Bréfritari: Stefanía Siggeirsdóttir
Viðtakandi: Páll Pálsson
Dagsetning: A-1864-02-22
Skrifað á: Breiðabólsstað  Árn. ?
Stefanía var bróðurdóttir Páls Pálssonar

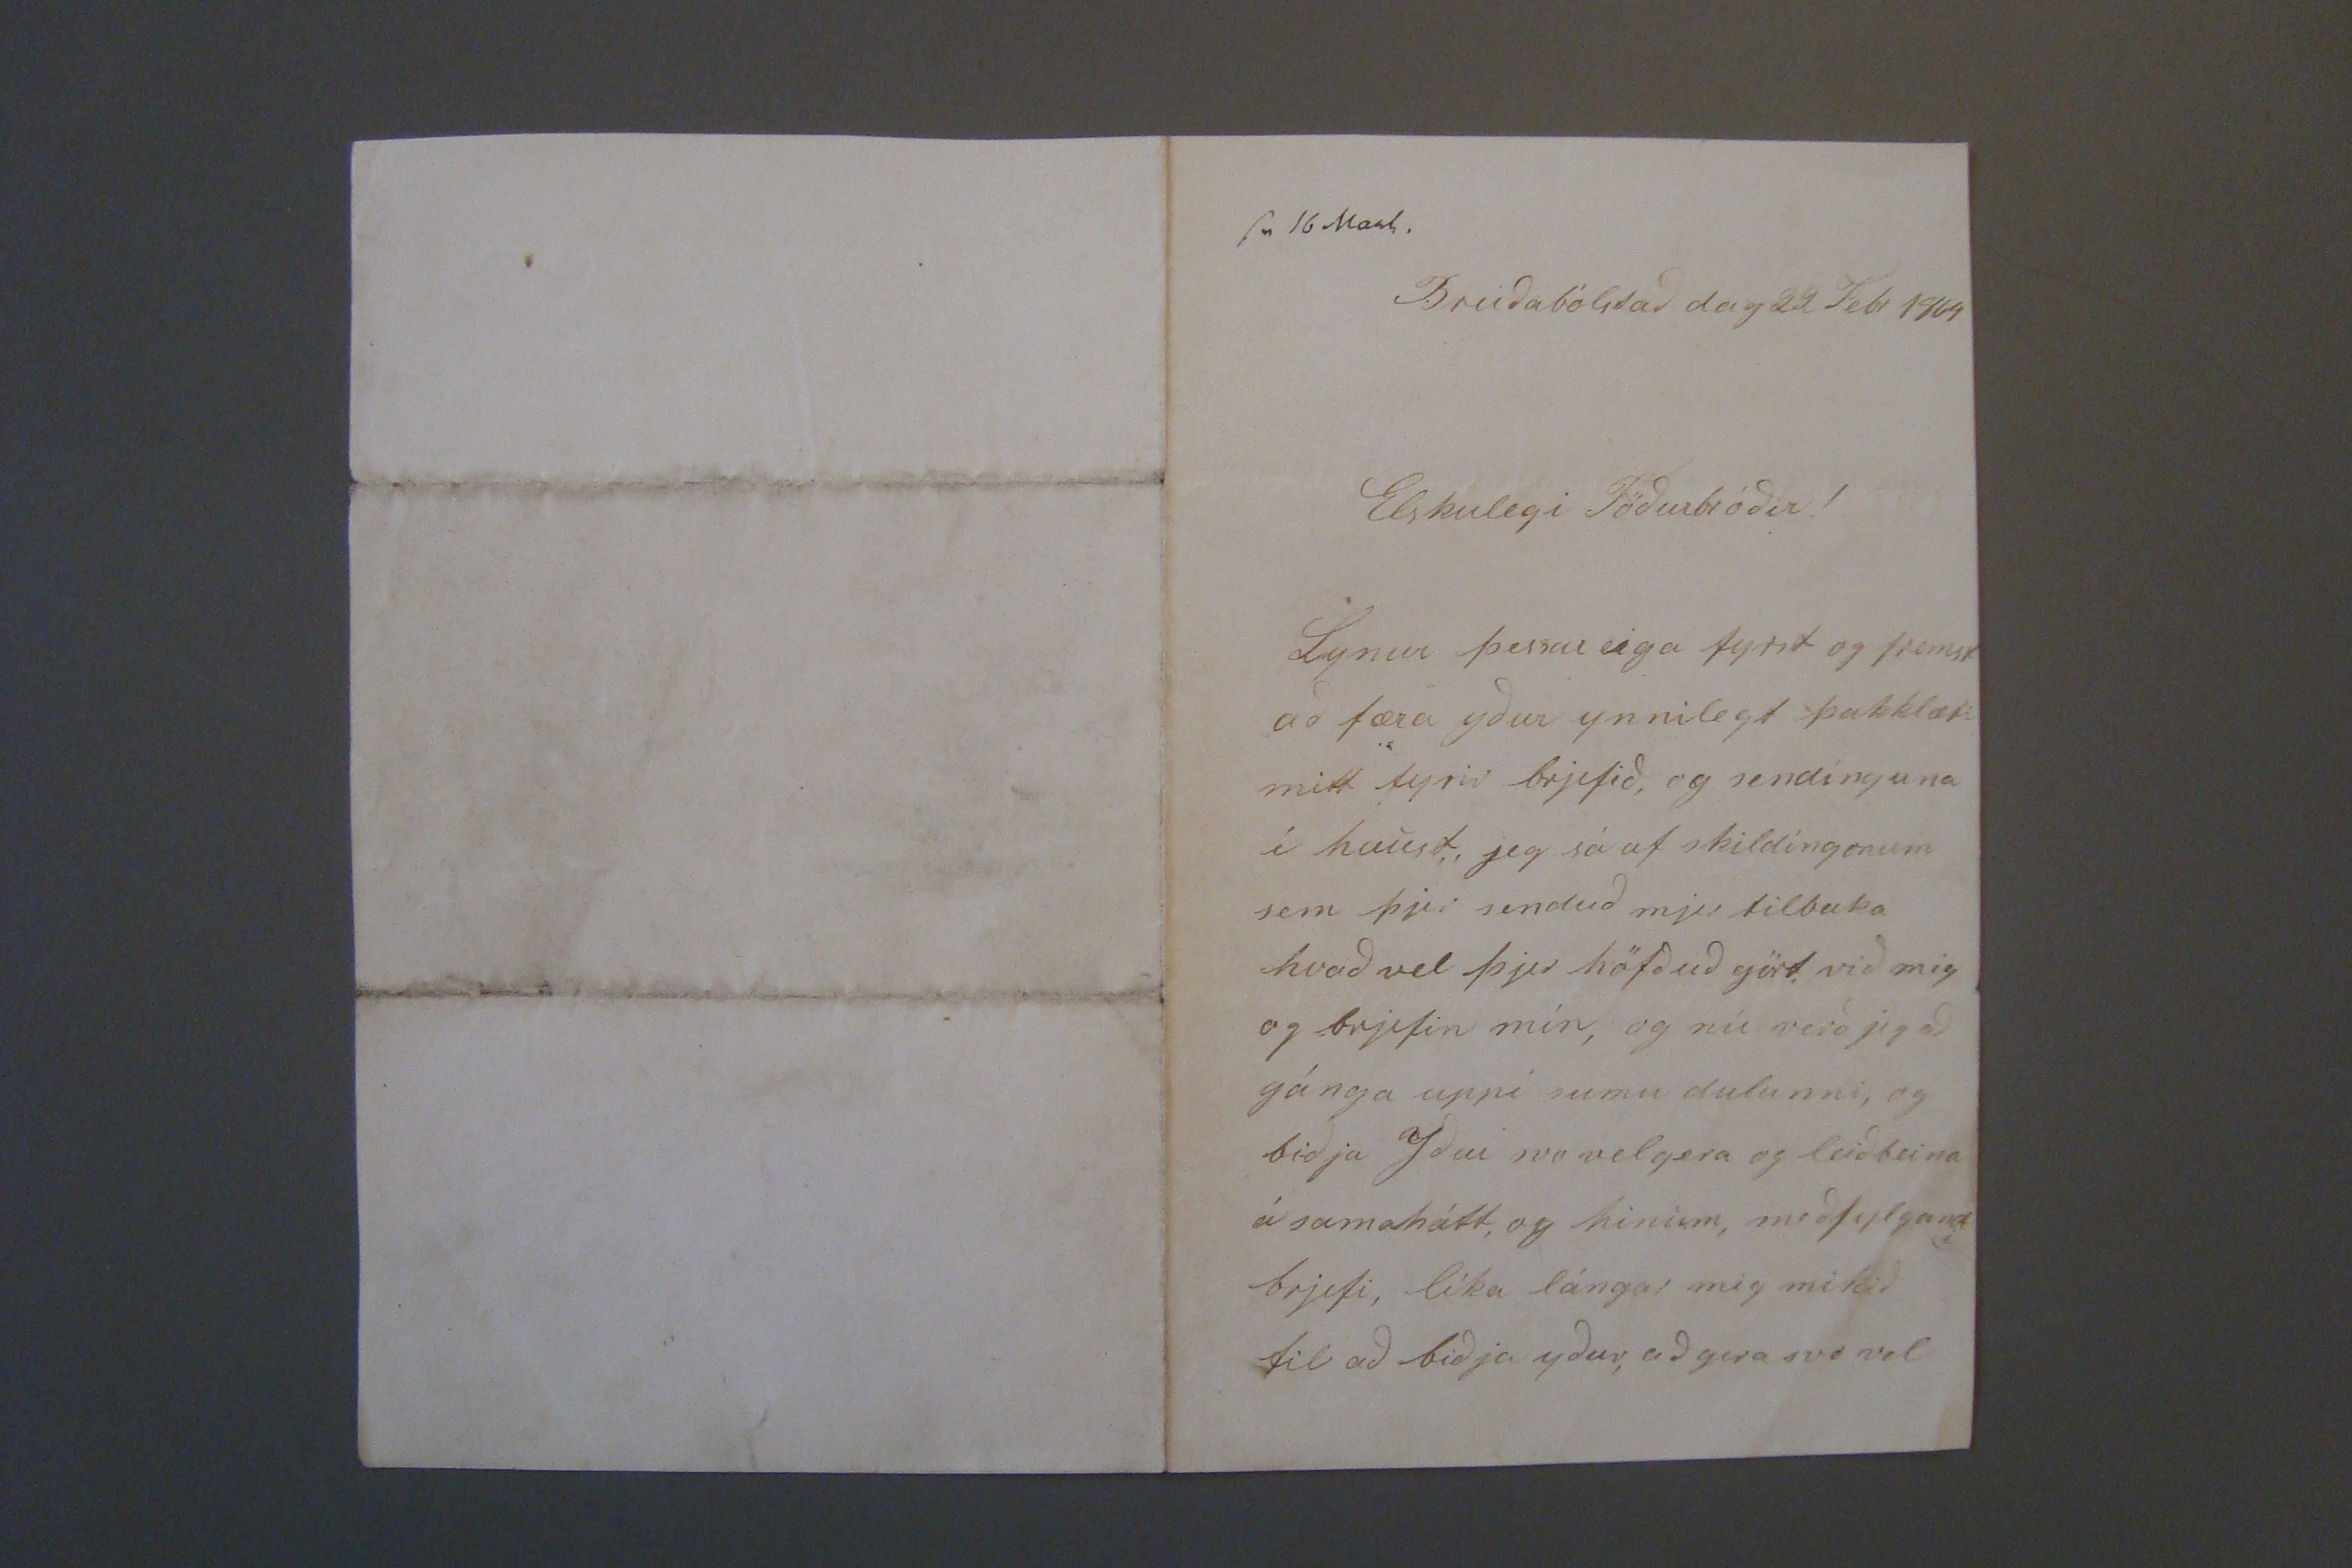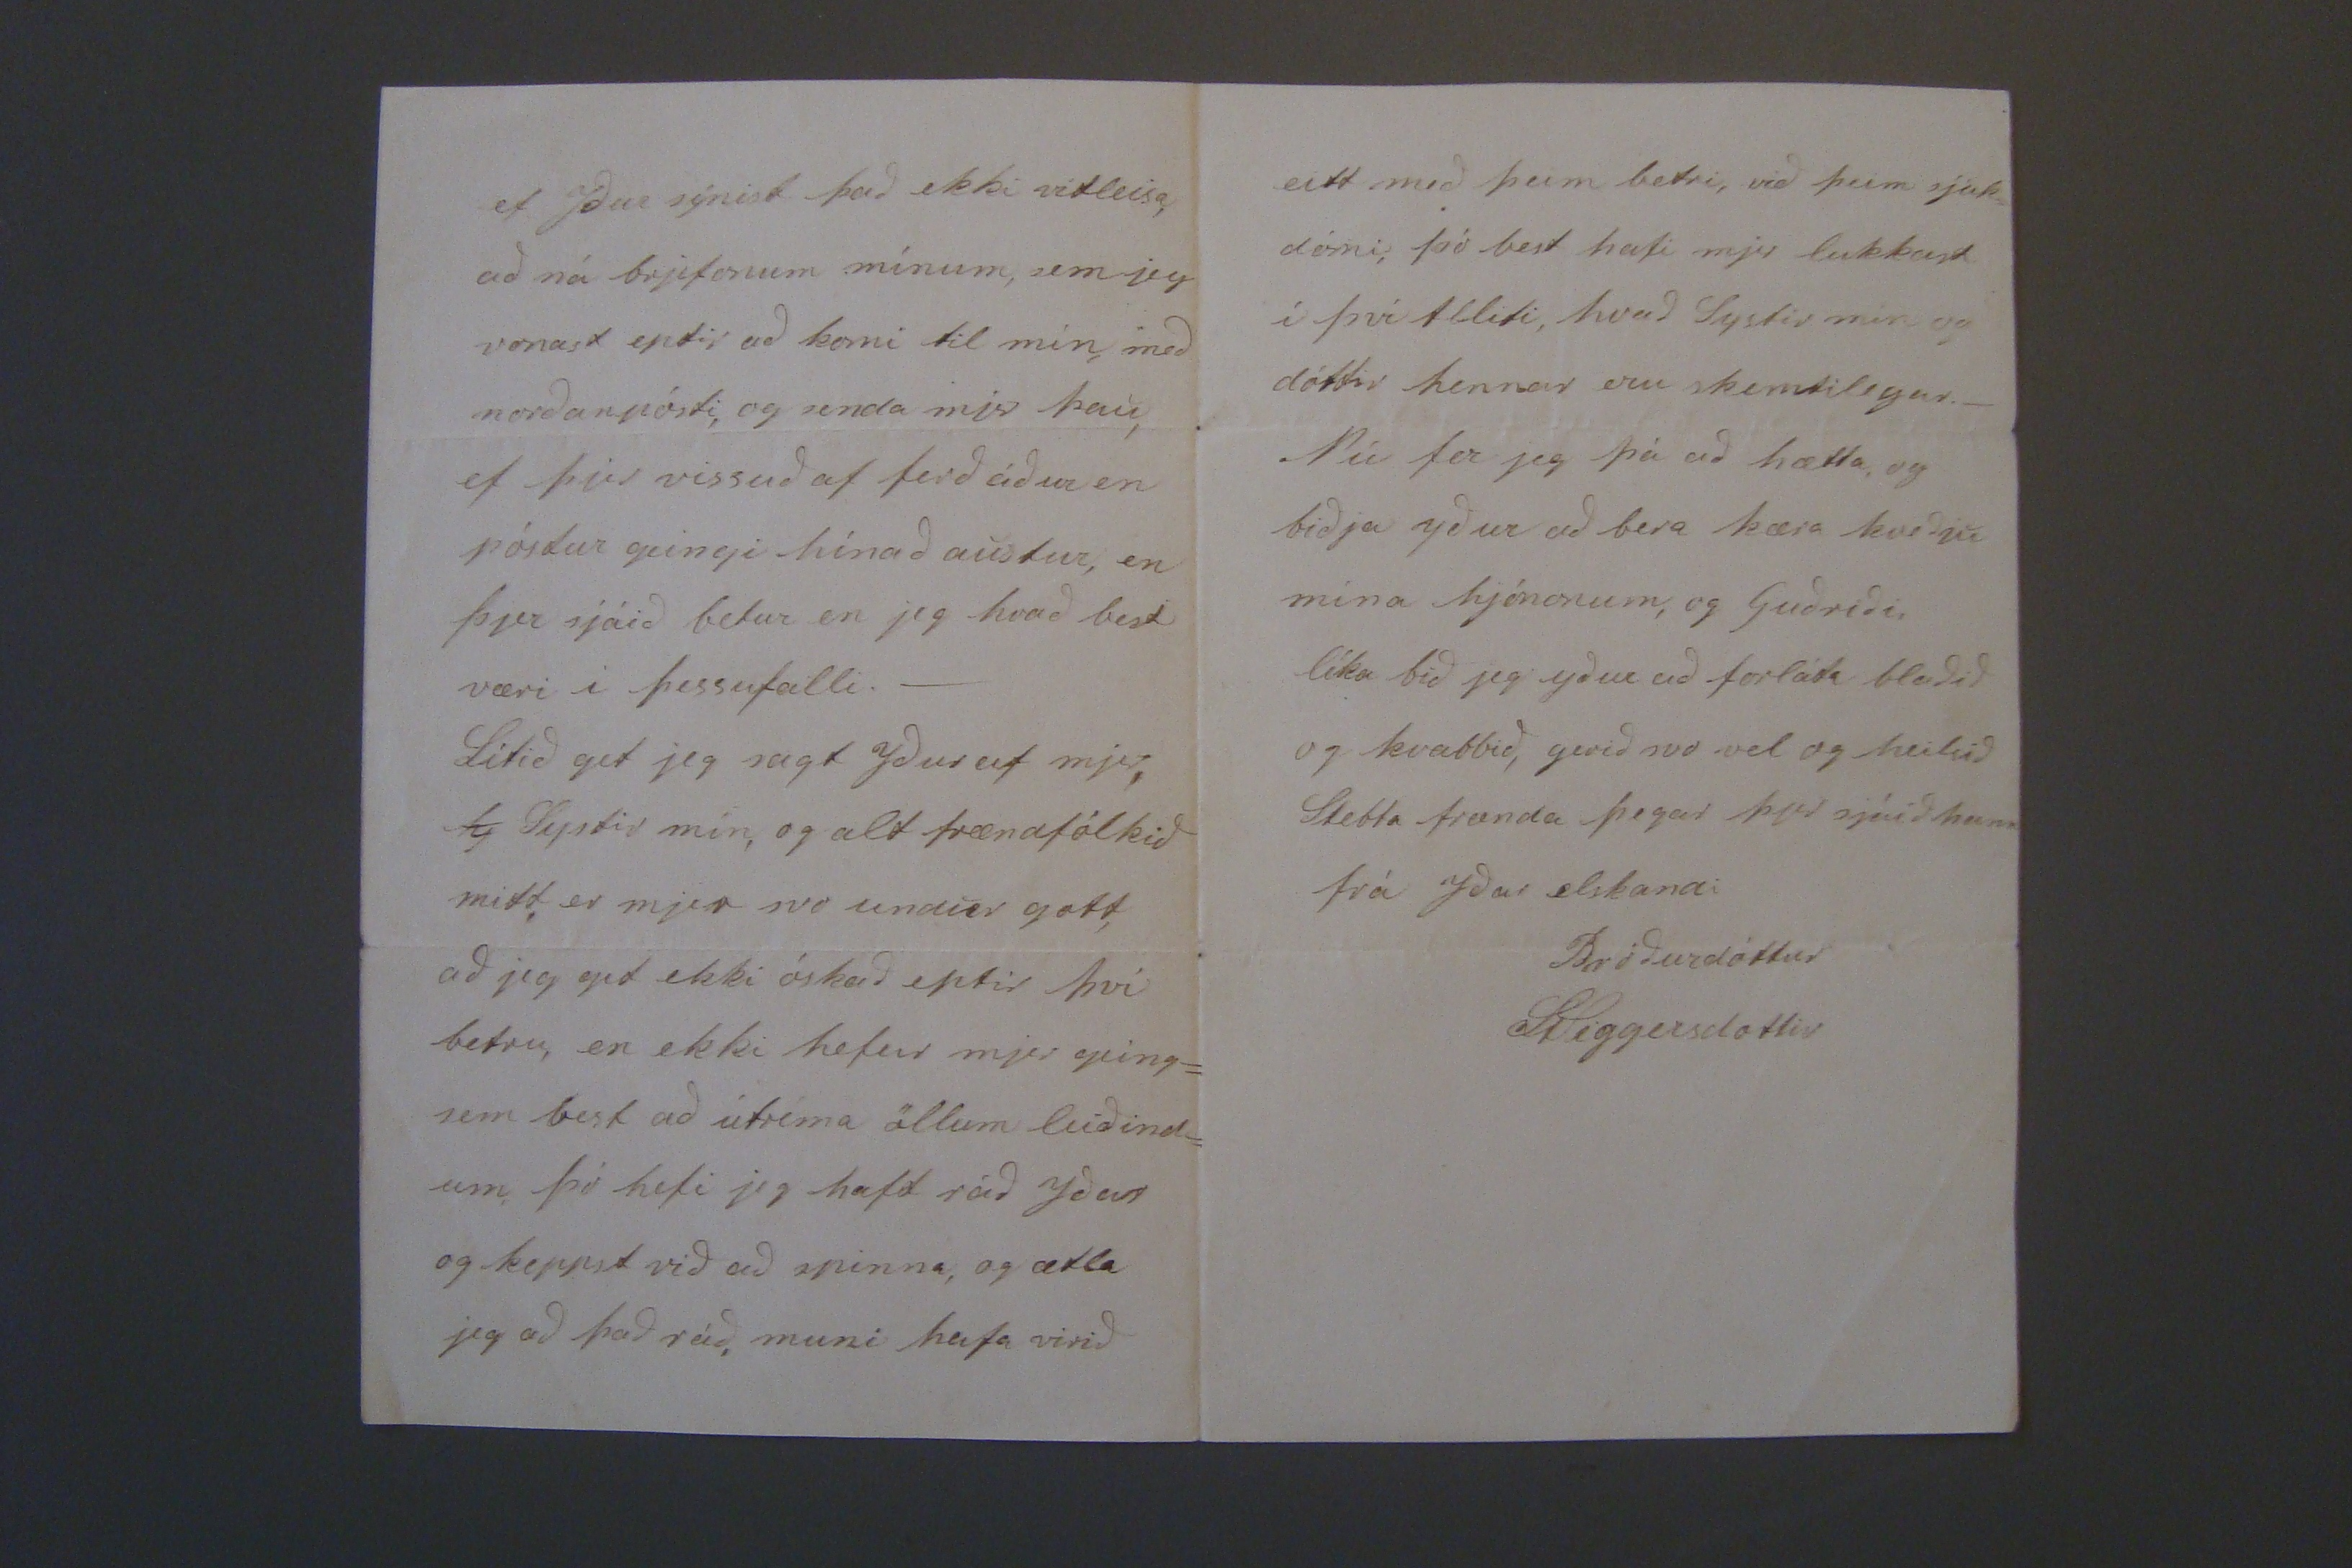

sv 16 marts. Breiðabólstað dag 22 Febr 1864
Elskulegi Föðurbróðir!
Lynur þessar eiga fyrst og fremst að færa yður ynnilegt þakklæti mitt fyrir brjefið, og sendínguna í haust, jeg sá af skildíngonum sem þjer senduð mjer tilbaka hvað vel þjer höfðuð gört, við mig og brjefin mín, og nú verð jeg að gánga uppi sumu dulunni, og biðja Yður svo velgera og leiðbeina á samahátt, og hinum, meðfylgandi brjefi, líka lángar mig mikið til að biðja yður, að gera svo vel
ef Yður sýnist það ekki vitleisa, að ná brjefonum mínum, sem jeg vonast eptir að komi til mín, með norðanpósti, og senda mjer þau, ef þjer vissuð af ferð áður en póstur geingi hínað austur, en þjer sjáið betur en jeg hvað best væri i þessufalli._ Lítið get jeg sagt Yður af mjer, Æ, systir mín, og alt frændfólkið mitt, er mjer svo undur gott, að jeg get ekki óskað eptir því betru, en ekki hefur mjer geing= sem best að útrima öllum leiðind= um, þó hefi jeg haft ráð yðar og keppst við að spinna, og ætla jeg að það ráð, muni hafa verið
eitt með þeim betri, við þeim sjúk= dómi, þó best hafi mjer lukkast í því
tlliti,
hvað systir mín og dóttir hennar eru skemtilegar._ Nú fer jeg þá að hætta, og biðja yður að bera kæra kveðju mína hjónonum, og Guðríði, líka bið jeg yður að forláta blaðið og kvabbið, gerið svo vel og heilsið Stebba frænda þegar
þið
sjáið hann
frá yðar elskandi Bróðurdóttur
St Siggersdottir